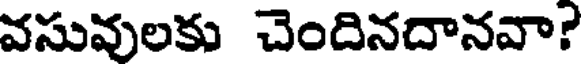
వసువులకు చెందినదానవా?